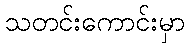
သတင်းကောင်းမှာ